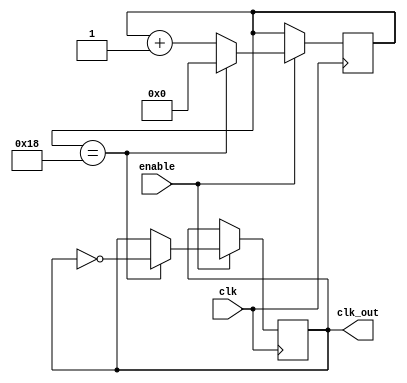
/* Copyright (c) 2018 Upi Tamminen, All rights reserved.
 * See the LICENSE file for more information */

module clk_div(
    input           clk,
    input           enable,
    output  reg     clk_out
);

// counter size calculation according to input and output frequencies
parameter SYS_CLK = 50000000;   // 50 MHz system clock
parameter CLK_OUT = 1000000;    // 1 MHz clock output
parameter COUNTER_MAX = SYS_CLK / (2 * CLK_OUT); // max-counter size

reg [4:0] counter;

initial begin
    counter = 0;
    clk_out = 0;
end

always @(posedge clk) begin
    if (enable) begin
        if (counter == COUNTER_MAX - 1) begin
            counter <= 0;
            clk_out <= ~clk_out;
        end
        else begin
            counter <= counter + 1'd1;
        end
    end
end

endmodule

//
// Testbench
//

module clk_div_tb;

reg clk_50;
wire clk_1;

clk_div DUT(
    .clk (clk_50),
    .enable (1'b1),
    .clk_out (clk_1)
);

initial begin
    clk_50 = 1'b0;
end

always #1
    clk_50 = !clk_50;

endmodule